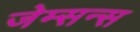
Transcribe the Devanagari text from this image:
जेम्सन्स